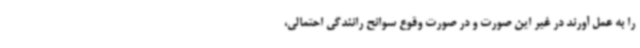
را به عمل آورند در غیر این صورت و در صورت وقوع سوانح رانندگی احتمالی،